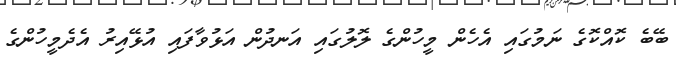
ބޭބެ ކޮއްކޮގެ ނަމުގައި އެހެން މީހުންގެ ލޮލުގައި އަނދުން އަޅުވާފައި އުޅޭއިރު އެދެމީހުންގެ